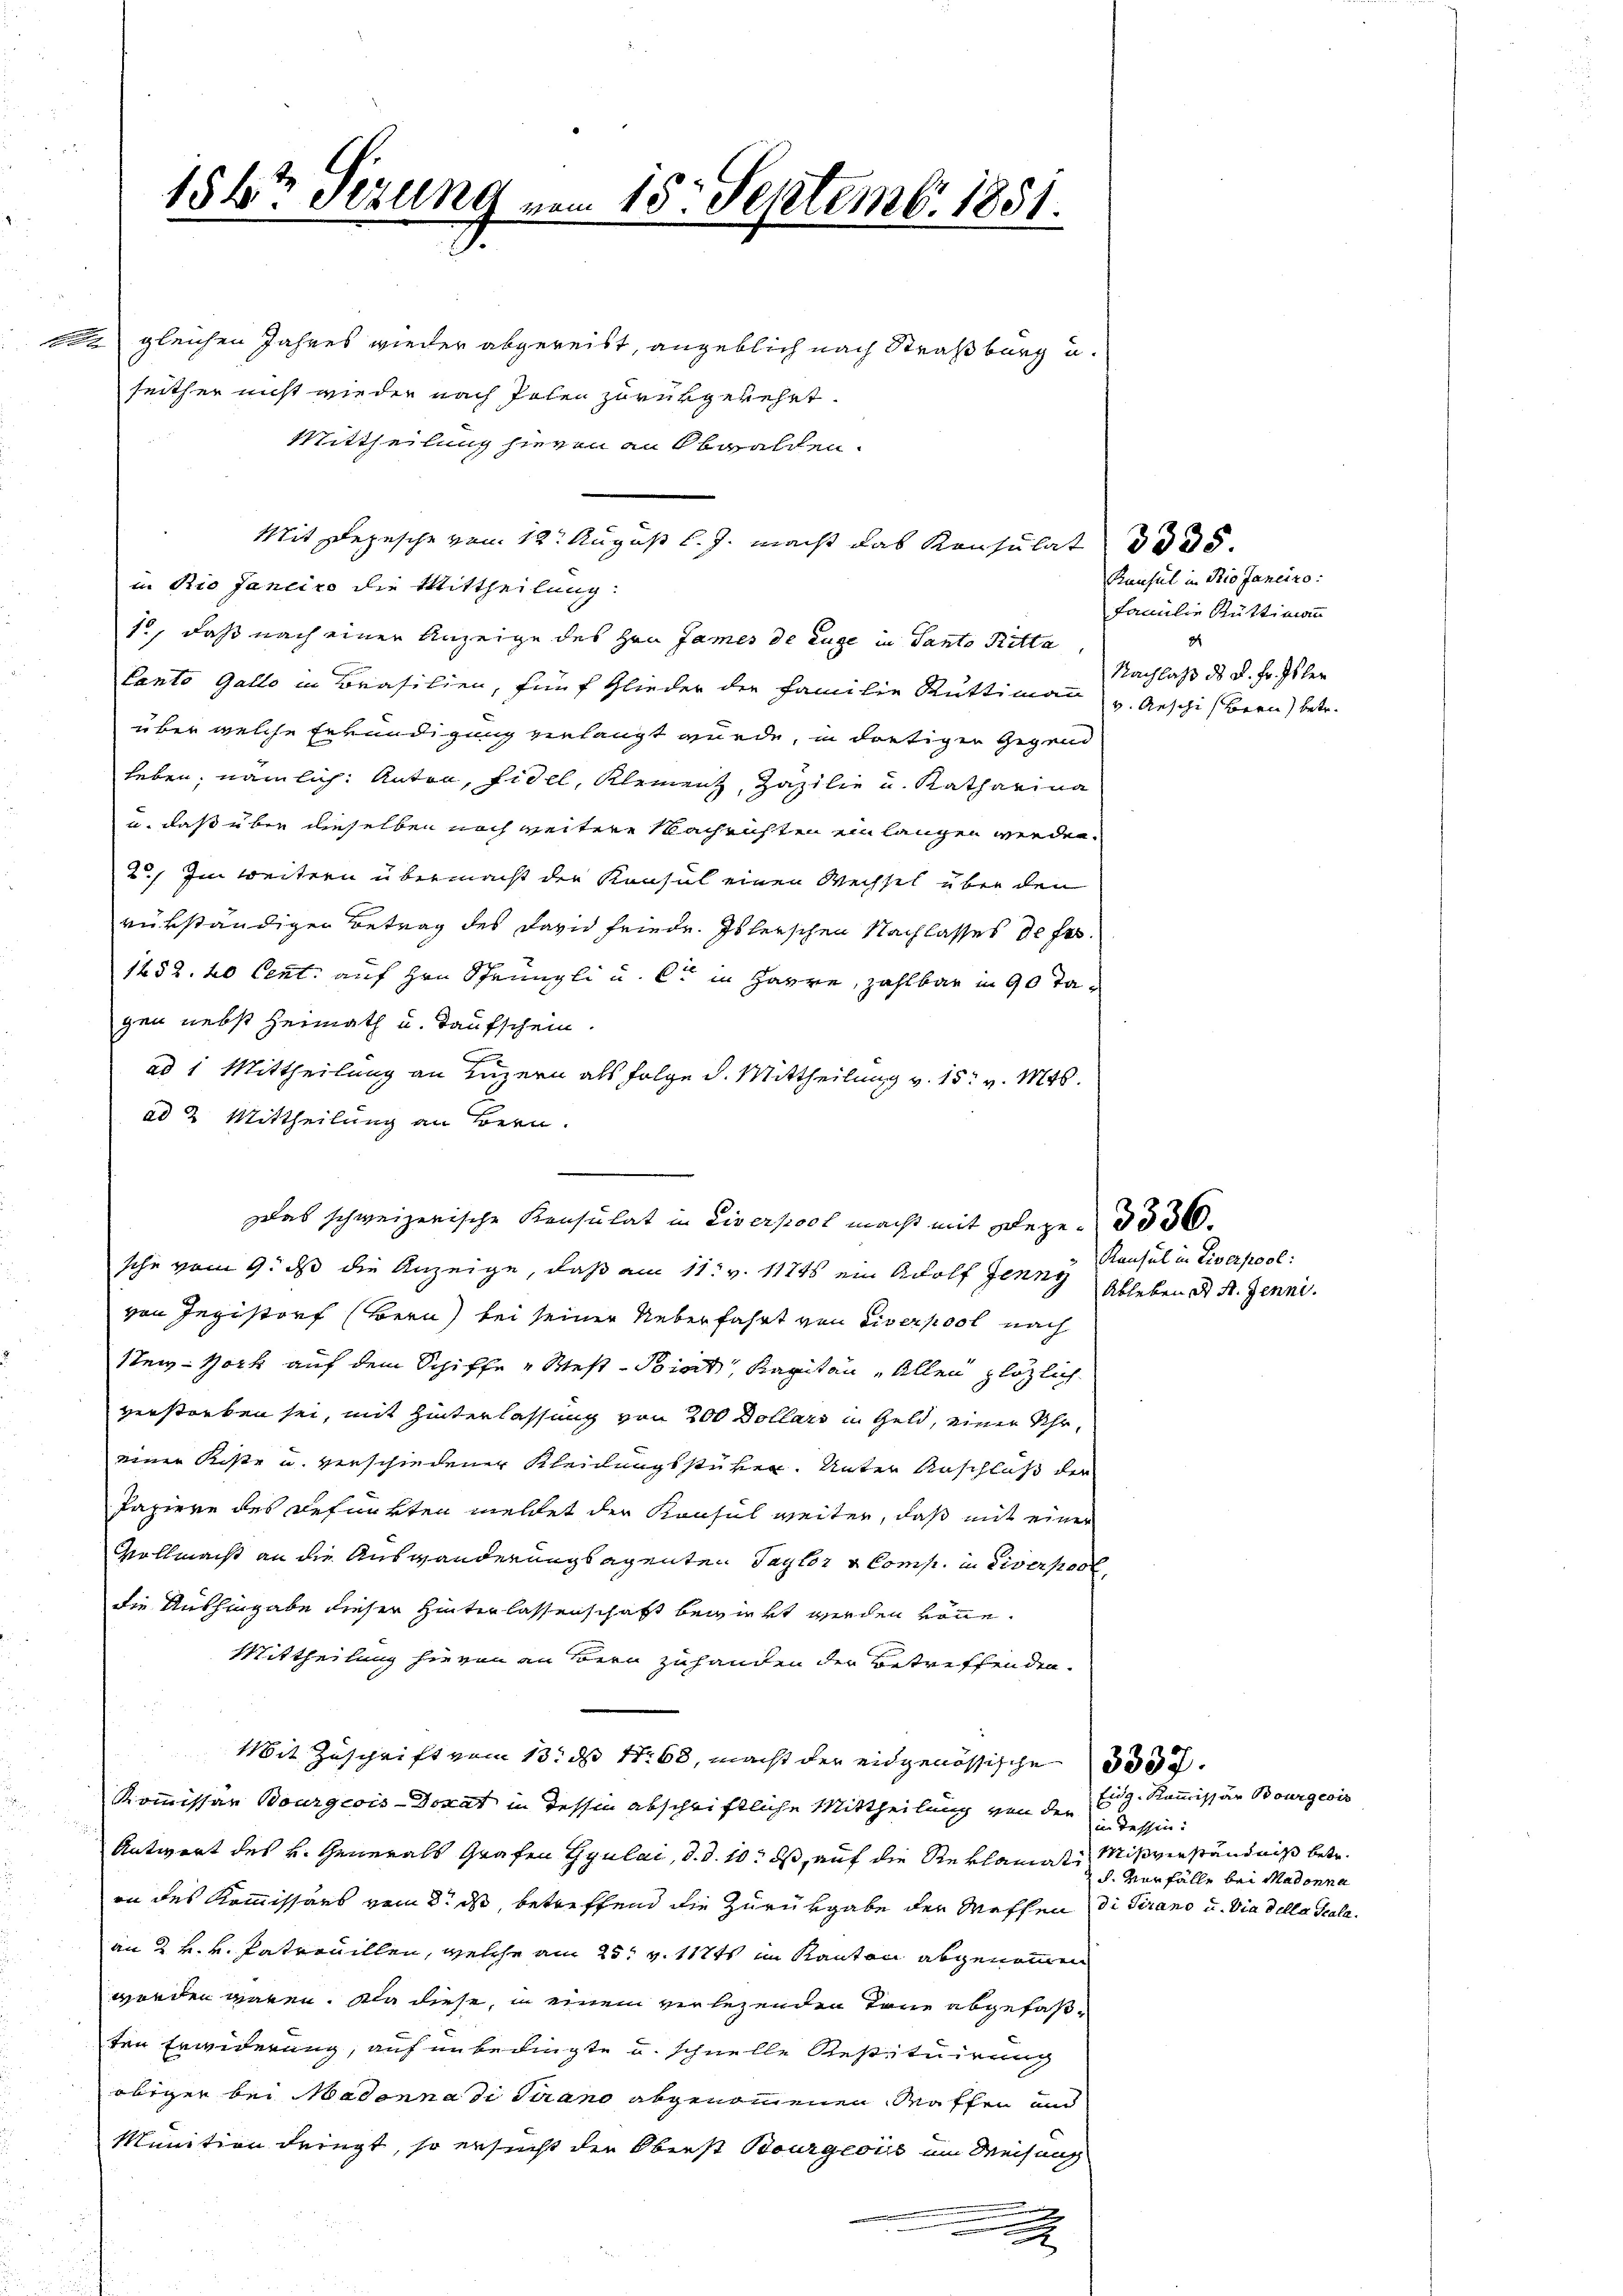
Mittheilung hievon an Obwalden.
in Rio Janeiro die Mittheilung:
10, daß nach einen Anzeige des Hrn James de Luge in Santo Ritte,
Canto Gallo in Brasilien, fünf Glieder der Familie Rüttimann
über welche Erkundigung verlangt wurde, in dortigen Gegend
leben; nämlich: Anton, Fidel, Kleinen, Zäzilie und Katharina
u. daß über dieselben noch weitere Nachrichten ein langen werden.
2) Im weitern übermacht der Konsul einen Wechsel über den
rükständigen Betrag des David Friede. Islerschen Nachlasses de fes
1252. 20 Cent auf Hrn. Sprüngli u. et in Harre, zahlbar in 90 Tagen nebst Heimath u. Taufschein.
ad 1 Mittheilung an Luzern als Folge d. Mittheilung v. 15. v. Mts.
ad 2. Mittheilung an Bern.
sche vom 9. ds die Anzeige, daß am 11. v. 11745 ein Adolf Jenny
von Jegistorf (Bern bei seiner Ueberfahrt von Siverpool nach
New-York auf dem Schiffe „West-Soinit, Kapitän „Allen plötzlich
verstorben sei, mit Hinterlassung von 200 Dollars in Geld, einer Uhr,
einer Kiste u. verschiedener Kleidungsstüken. Unter Anschluß der
Papiere des Befunkten meldet der Konsul weiter, daß mit einer
Vollmacht an die Auswanderungsagenten Taytor & Comp. in Diverpool
die Aushingabe dieser Hinterlassenschaft bewirkt werden könne.
Mittheilung hievon an Bern zuhanden der Betreffenden.
Mit Zuschrift vom 13. d. 1. 68, macht der eidgenössische 3337.
Kommissar Bourgeois-Donat in dessen abschriftliche Mittheilung von den 29. Kommissär Bourgeois
Antwort des k. Generals Grafen Gyulai, d. d. 10. ds, auf die Reklamatis Mißverständniß betr.
in des Kommissärs vom 8. ds, betreffend die Zurückgabe der Mechen di Pirano u. die della Scalaan 2 k. k. Patrouillen, welche am 25t v. 117ts im Kanton abgenommen
worden waren. Da diese, in einem verlegenden Tone abgefaßten Erwiderung, auf unbedingte u. schnelle Restituirung
obiger bei Madonna di Strano abgenommenen Waffen und
Munition dringt, so ersucht der Oberst Bourgeois im Weisung
u
.
x

156t Sezung vom 15. Septemb. 1851.
m gleichen Jahres wieder abgereist, angeblich nach Straßburg u.
seither nicht wieder nach Polen zurükgekehrt.

Mit Depesche vom 12. August l. J. macht das Konsulat

Das schweizerische Konsulat in Liverpool macht mit Deged 336.

3335
Konsul in Rio Janeiro
Familie Rüttimann
21
Nachlaß des K. Fr. Isler
v. Aeschi (Bern) betr.

Konsul in Liverpool:
Ableben d. d. Jenni.

in Tessin.
d. Vorfälle bei Madonna